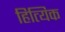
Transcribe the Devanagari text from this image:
हित्यिक